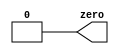
module top_module(output zero);
    
    assign zero = 0;

endmodule

//assign zero = 1'b0;